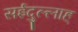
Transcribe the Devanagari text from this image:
सईदुल्लाह्